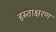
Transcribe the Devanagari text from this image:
हस्ताक्षरण